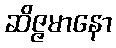
ဆိဇ္ဇမာနော